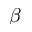
\beta